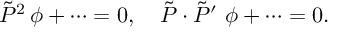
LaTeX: \tilde { P } ^ { 2 } \, \phi + \cdots = 0 , \quad \tilde { P } \cdot \tilde { P } ^ { \prime } \, \, \phi + \cdots = 0 .